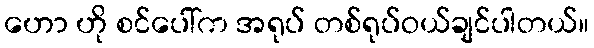
ဟော ဟို စင်ပေါ်က အရုပ် တစ်ရုပ်ဝယ်ချင်ပါတယ်။